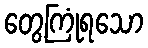
တွေ့ကြုံရသော